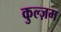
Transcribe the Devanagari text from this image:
कुल्ज़म